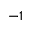
{ - 1 }